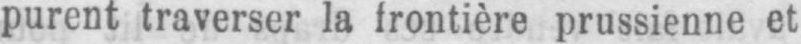
purent traverser la frontière prussienne et